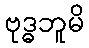
ဗုဒ္ဓဘူမိ